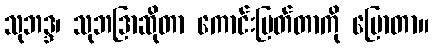
သုဘဒ္ဒ၊ သုဘဒြာဆိုတာ ကောင်းမြတ်တာကို ပြောတာ။